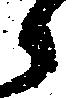
々